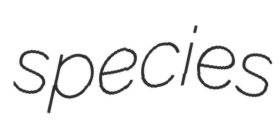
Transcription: species